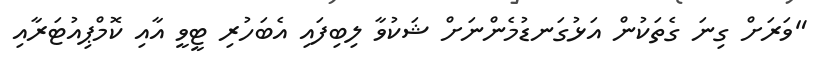
"ވަރަށް ގިނަ ގެތަކުން އަޅުގަނޑުމެންނަށް ޝަކުވާ ލިބިފައި އެބަހުރި ޓީވީ އާއި ކޮމްޕިއުޓަރާއި